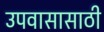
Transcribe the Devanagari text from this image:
उपवासासाठी